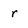
Character: r